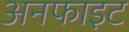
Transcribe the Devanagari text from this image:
अनफाइट